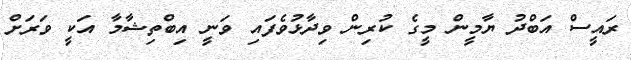
ރައީސް އަބްދު ޔާމީން މީގެ ކުރިން ވިދާޅުވެފައި ވަނީ އިބްތިޝާމާ އަކީ ވަރަށް